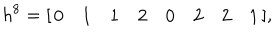
LaTeX: h ^ { 8 } = [ \begin{array} { c c c c c c c c } { { 0 } } & { { 1 } } & { { 1 } } & { { 2 } } & { { 0 } } & { { 2 } } & { { 2 } } & { { 1 } } \\ \end{array} ] ,